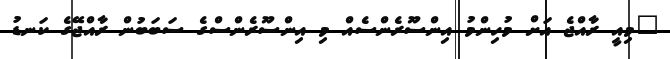
"މިއީ ރާއްޖެ އަށް މުހިންމު އިންސޫރެންސެއް މި އިންސޫރެންސްގެ ސަބަބުން ރާއްޖޭގެ ކަނޑު